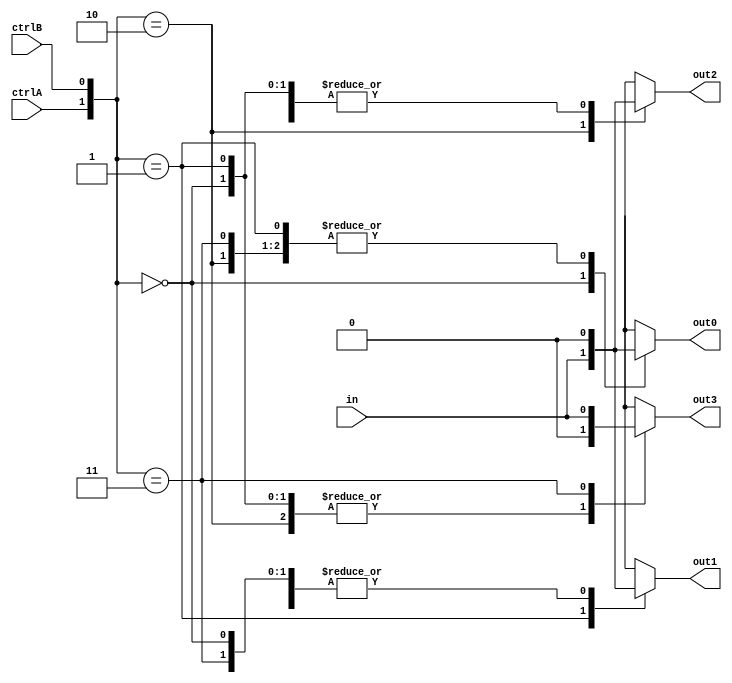
module demux (
    input wire in,
    input wire ctrlA,
    input wire ctrlB,
    output reg out0,
    output reg out1,
    output reg out2,
    output reg out3
);

always @(*) begin
    case({ctrlA, ctrlB})
        2'b00: begin
            out0 = in;
            out1 = 1'b0;
            out2 = 1'b0;
            out3 = 1'b0;
        end
        
        2'b01: begin
            out0 = 1'b0;
            out1 = in;
            out2 = 1'b0;
            out3 = 1'b0;
        end
        
        2'b10: begin
            out0 = 1'b0;
            out1 = 1'b0;
            out2 = in;
            out3 = 1'b0;
        end
        
        2'b11: begin
            out0 = 1'b0;
            out1 = 1'b0;
            out2 = 1'b0;
            out3 = in;
        end
    endcase
end

endmodule